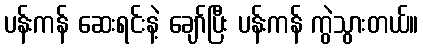
ပန်းကန် ဆေးရင်းနဲ့ ချော်ပြီး ပန်းကန် ကွဲသွားတယ်။